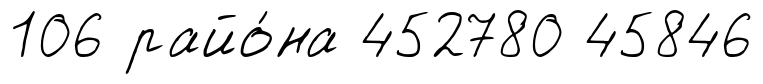
106 райо́на 452780 45846